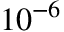
1 0 ^ { - 6 }